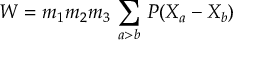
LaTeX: { \cal W } = m _ { 1 } m _ { 2 } m _ { 3 } \, \sum _ { a > b } \, { \cal P } ( X _ { a } - X _ { b } )